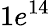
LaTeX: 1e^{14}